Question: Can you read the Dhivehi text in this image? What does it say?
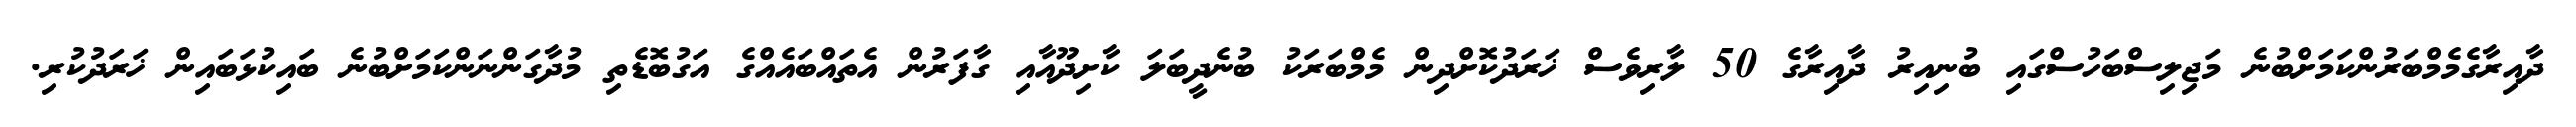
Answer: ދާއިރާގެމެމްބަރުންކަމަށްބުނެ މަޖިލިސްބަހުސްގައި ބުނިއިރު ދާއިރާގެ 50 ލާރިވެސް ޚަރަދުކޮށްދިން މެމްބަރަކު ބުނެދީބަލަ ކާށިދޫއާއި ގާފަރުން އެތައްބައެއްގެ އަގުބޮޑެތި މުދާގަންނަންކަމަށްބުނެ ބައިކުޅަބައިން ޚަރަދުކުރި.